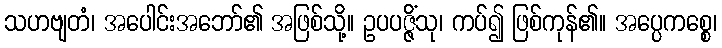
သဟဗျတံ၊ အပေါင်းအဘော်၏ အဖြစ်သို့။ ဥပပဇ္ဇိံသု၊ ကပ်၍ ဖြစ်ကုန်၏။ အပ္ပေကစ္စေ၊